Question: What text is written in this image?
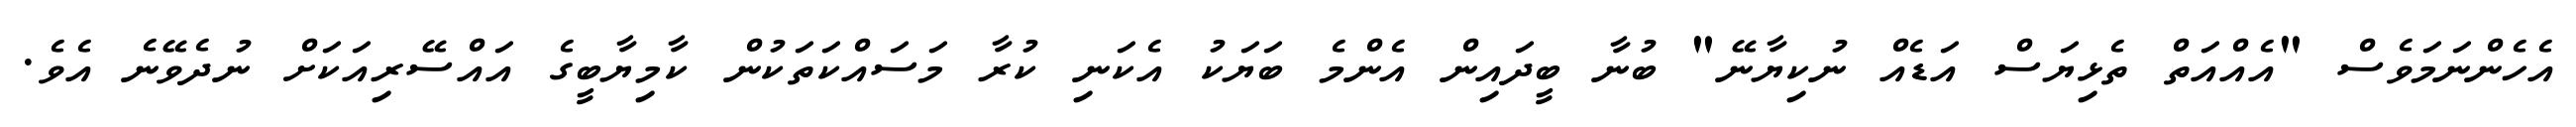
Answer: އެހެންނަމަވެސް "އެއްއަތް ތެޅިޔަސް އަޑެއް ނުކިޔާނޭ" ބުނާ ބީދައިން އެންމެ ބަޔަކު އެކަނި ކުރާ މަސައްކަތަކުން ކާމިޔާބީގެ އައްސޭރިއަކަށް ނުދެވޭނެ އެވެ.